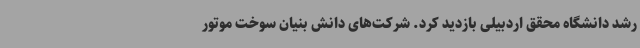
رشد دانشگاه محقق اردبیلی بازدید کرد. شرکت‌های دانش بنیان سوخت موتور